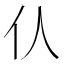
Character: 𠆧